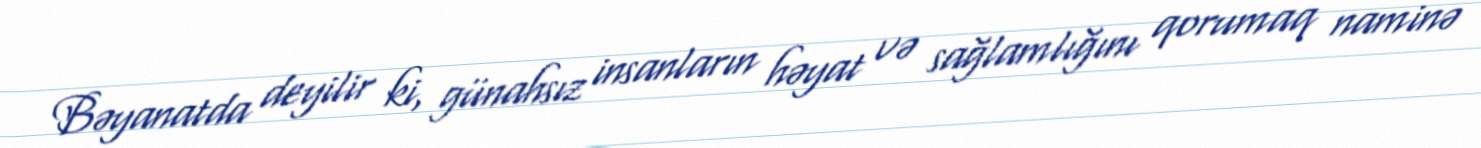
Bəyanatda deyilir ki, günahsız insanların həyat və sağlamlığını qorumaq naminə